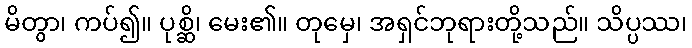
မိတွာ၊ ကပ်၍။ ပုစ္ဆိ၊ မေး၏။ တုမှေ၊ အရှင်ဘုရားတို့သည်။ သိပ္ပဿ၊